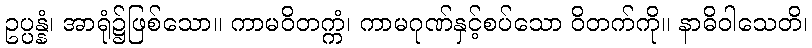
ဥပ္ပန္နံ၊ အာရုံ၌ဖြစ်သော။ ကာမဝိတက္ကံ၊ ကာမဂုဏ်နှင့်စပ်သော ဝိတက်ကို။ နာဓိဝါသေတိ၊